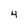
Character: 4